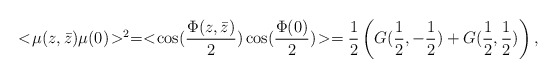
\begin{align*}< \! \mu(z,\bar z) \mu(0) \! >^2 =< \! \cos({\Phi(z,\bar z) \over 2}) \cos({\Phi(0) \over 2}) \! > ={1 \over 2} \left( G ({1 \over 2},-{1 \over 2}) +G ({1 \over 2},{1 \over 2}) \right) ,\end{align*}